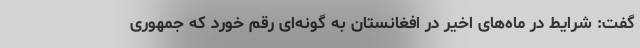
گفت: شرایط در ماه‌های اخیر در افغانستان به گونه‌ای رقم خورد که جمهوری